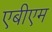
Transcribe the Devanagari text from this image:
एबीएम